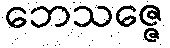
ဘေသဇ္ဇေ